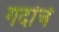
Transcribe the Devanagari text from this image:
गदांचे